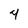
Character: 4